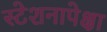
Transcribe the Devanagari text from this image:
स्टेशनापेक्षा